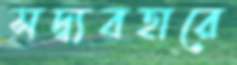
সদ্ব্যবহারে